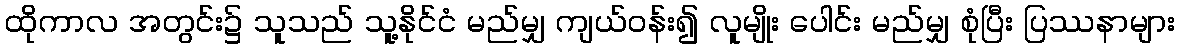
ထိုကာလ အတွင်း၌ သူသည် သူ့နိုင်ငံ မည်မျှ ကျယ်ဝန်း၍ လူမျိုး ပေါင်း မည်မျှ စုံပြီး ပြဿနာများ